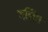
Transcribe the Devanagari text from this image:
गलिछ